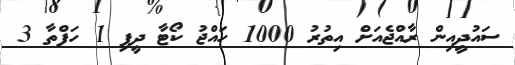
ސައުދީއިން ރާއްޖެއަށް އިތުރު 1000 ހައްޖު ކޯޓާ ދީފި 1 ހަފްތާ 3